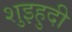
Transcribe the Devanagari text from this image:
शुइहुदी